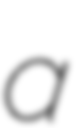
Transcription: a